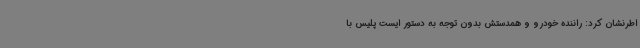
اطرنشان کرد: راننده خودرو و همدستش بدون توجه به دستور ایست پلیس با